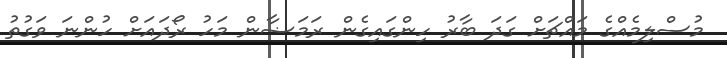
މުސްލިމެއްގެ މައްޗަށް ގަދަ ބާރު ހިންގައިގެން ރަމަޟާން މަހު ރޯދައަށް ހުންނަ ވަގުތު